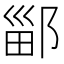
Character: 䣎